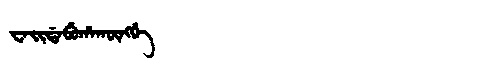
Manchu: ᠸᠠᡳᡩᠠᠪᡠᡥᠠᡴᡡᠩᡤᡝ
Romanization: WAIDABUHAKŪNGGE